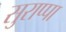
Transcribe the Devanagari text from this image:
सुराप्पा